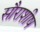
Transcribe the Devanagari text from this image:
सौराशीष